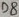
Text: D8